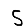
Digit: 5